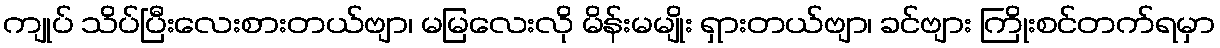
ကျုပ် သိပ်ပြီးလေးစားတယ်ဗျာ၊ မမြလေးလို မိန်းမမျိုး ရှားတယ်ဗျာ၊ ခင်ဗျား ကြိုးစင်တက်ရမှာ